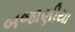
બજાણીયા